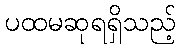
ပထမဆုရရှိသည့်